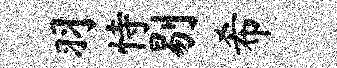
羽恃剔希